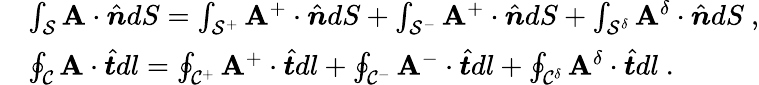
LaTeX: \begin{array}{rl}&{\int_{\mathcal{S}}\mathbf{A}\cdot\hat{\boldsymbol{n}}dS=\int_{\mathcal{S}^{+}}\mathbf{A}^{+}\cdot\hat{\boldsymbol{n}}dS+\int_{\mathcal{S}^{-}}\mathbf{A}^{+}\cdot\hat{\boldsymbol{n}}dS+\int_{\mathcal{S}^{\delta}}\mathbf{A}^{\delta}\cdot\hat{\boldsymbol{n}}dS~,}\\ &{\oint_{\mathcal{C}}\mathbf{A}\cdot\hat{\boldsymbol{t}}dl=\oint_{\mathcal{C}^{+}}\mathbf{A}^{+}\cdot\hat{\boldsymbol{t}}dl+\oint_{\mathcal{C}^{-}}\mathbf{A}^{-}\cdot\hat{\boldsymbol{t}}dl+\oint_{\mathcal{C}^{\delta}}\mathbf{A}^{\delta}\cdot\hat{\boldsymbol{t}}dl~.}\end{array}